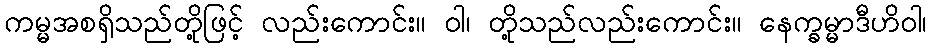
ကမ္မအစရှိသည်တို့ဖြင့် လည်းကောင်း။ ဝါ၊ တို့သည်လည်းကောင်း။ နေက္ခမ္မာဒီဟိဝါ၊